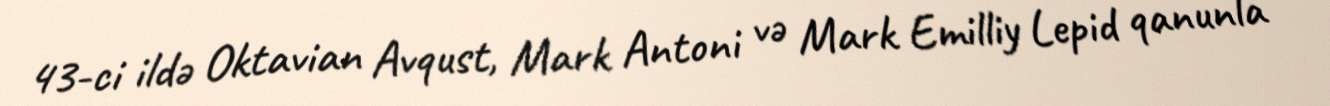
43-ci ildə Oktavian Avqust, Mark Antoni və Mark Emilliy Lepid qanunla